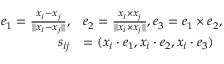
\begin{array} { r l } { e _ { 1 } = \frac { x _ { i } - x _ { j } } { | | x _ { i } - x _ { j } | | } , } & { e _ { 2 } = \frac { x _ { i } \times x _ { j } } { | | x _ { i } \times x _ { j } | | } , e _ { 3 } = e _ { 1 } \times e _ { 2 } , } \\ { s _ { i j } } & { = ( x _ { i } \cdot e _ { 1 } , x _ { i } \cdot e _ { 2 } , x _ { i } \cdot e _ { 3 } ) } \end{array}